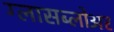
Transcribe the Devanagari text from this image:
ग्लासब्लोअर